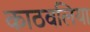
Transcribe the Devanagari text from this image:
काठवलिया